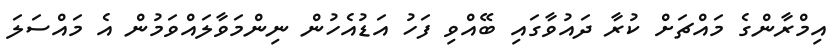
އިމްރާންގެ މައްޗަށް ކުރާ ދައުވާގައި ބޭއްވި ފަހު އަޑުއެހުން ނިންމަވާލައްވަމުން އެ މައްސަލަ